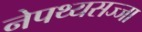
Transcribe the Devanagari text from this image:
नेपथ्यसज्जा